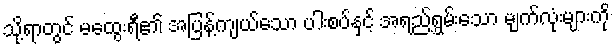
သို့ရာတွင် မထွေးရီ၏ အပြန့်ကျယ်သော ပါးစပ်နှင့် အရည်ရွှမ်းသော မျက်လုံးများကို